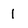
Character: 1